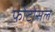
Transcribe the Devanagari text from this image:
फोटोसल